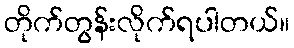
တိုက်တွန်းလိုက်ရပါတယ်။